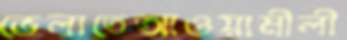
ভেলাতেআওয়ামীলী